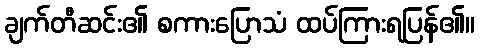
ချက်တီဆင်း၏ စကားပြောသံ ထပ်ကြားရပြန်၏။